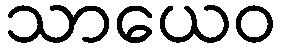
သာယေဝ